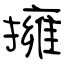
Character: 擁